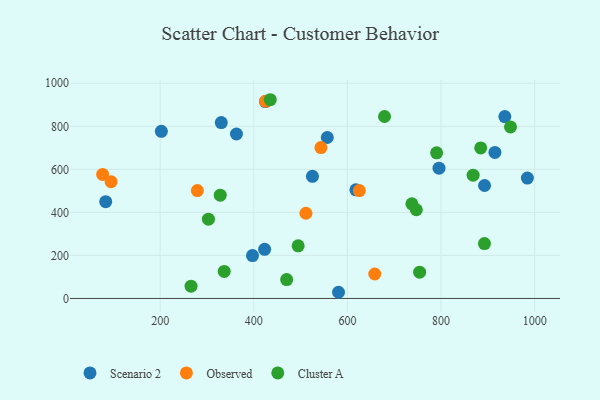
{"axis": {"x": "Engine Size", "y": "Fuel Efficiency"}, "legend": ["Cluster A", "Observed", "Scenario 2"], "data": [{"x": "618.1", "y": 504.9, "type": "Scenario 2"}, {"x": "984.5", "y": 559.6, "type": "Scenario 2"}, {"x": "893.0", "y": 524.8, "type": "Scenario 2"}, {"x": "525.3", "y": 567.5, "type": "Scenario 2"}, {"x": "330.5", "y": 817.4, "type": "Scenario 2"}, {"x": "795.7", "y": 605.2, "type": "Scenario 2"}, {"x": "581.0", "y": 28.7, "type": "Scenario 2"}, {"x": "83.6", "y": 449.5, "type": "Scenario 2"}, {"x": "362.9", "y": 764.2, "type": "Scenario 2"}, {"x": "202.5", "y": 776.6, "type": "Scenario 2"}, {"x": "423.1", "y": 228.5, "type": "Scenario 2"}, {"x": "557.0", "y": 748.0, "type": "Scenario 2"}, {"x": "915.2", "y": 678.4, "type": "Scenario 2"}, {"x": "424.9", "y": 915.1, "type": "Scenario 2"}, {"x": "397.2", "y": 199.1, "type": "Scenario 2"}, {"x": "936.3", "y": 845.1, "type": "Scenario 2"}, {"x": "425.0", "y": 916.5, "type": "Observed"}, {"x": "625.5", "y": 501.4, "type": "Observed"}, {"x": "279.4", "y": 501.1, "type": "Observed"}, {"x": "95.1", "y": 542.3, "type": "Observed"}, {"x": "658.4", "y": 113.6, "type": "Observed"}, {"x": "77.0", "y": 576.5, "type": "Observed"}, {"x": "511.4", "y": 395.9, "type": "Observed"}, {"x": "543.4", "y": 701.0, "type": "Observed"}, {"x": "790.6", "y": 676.7, "type": "Cluster A"}, {"x": "737.8", "y": 439.6, "type": "Cluster A"}, {"x": "892.8", "y": 255.2, "type": "Cluster A"}, {"x": "754.3", "y": 122.2, "type": "Cluster A"}, {"x": "884.8", "y": 699.7, "type": "Cluster A"}, {"x": "265.9", "y": 57.1, "type": "Cluster A"}, {"x": "470.2", "y": 87.9, "type": "Cluster A"}, {"x": "328.3", "y": 480.1, "type": "Cluster A"}, {"x": "948.4", "y": 797.2, "type": "Cluster A"}, {"x": "336.8", "y": 125.6, "type": "Cluster A"}, {"x": "679.3", "y": 845.6, "type": "Cluster A"}, {"x": "747.3", "y": 412.1, "type": "Cluster A"}, {"x": "868.6", "y": 573.1, "type": "Cluster A"}, {"x": "494.8", "y": 244.6, "type": "Cluster A"}, {"x": "435.2", "y": 923.5, "type": "Cluster A"}, {"x": "303.1", "y": 368.3, "type": "Cluster A"}]}